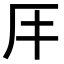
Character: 𠨭